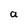
Character: a